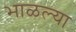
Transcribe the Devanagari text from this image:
भाळल्या